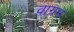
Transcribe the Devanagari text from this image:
वाग्रम